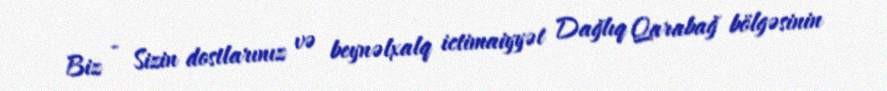
Biz - Sizin dostlarınız və beynəlxalq ictimaiyyət Dağlıq Qarabağ bölgəsinin